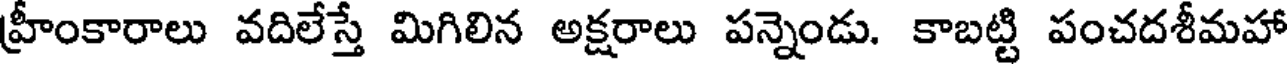
హ్రీంకారాలు వదిలేస్తే మిగిలిన అక్షరాలు పన్నెండు. కాబట్టి పంచదశీమహా